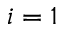
i = 1